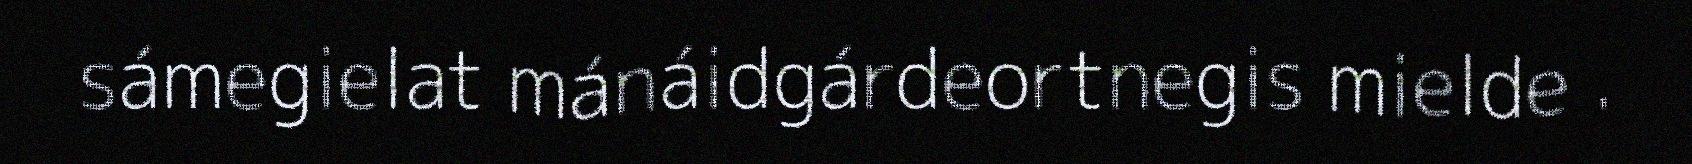
sámegielat mánáidgárdeortnegis mielde .